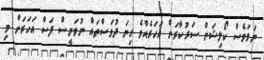
ނަމަވެސް ކޯލިޝަން ސަރުކާރަށް އަހަރެއްވެ ގިނަ ދުވަސްތައް ނުވަނީސް ފަސް އަހަރަށް މި